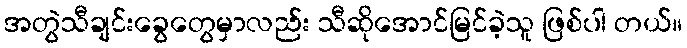
အတွဲသီချင်းခွေတွေမှာလည်း သီဆိုအောင်မြင်ခဲ့သူ ဖြစ်ပါ တယ်။